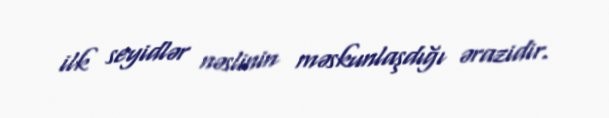
ilk seyidlər nəslinin məskunlaşdığı ərazidir.